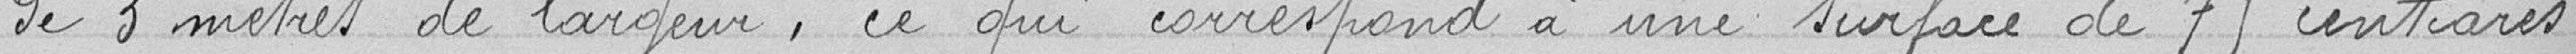
de 3 mètres de largeur, ce qui correspond à une surface de 75 centiares